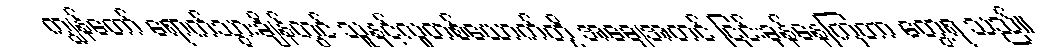
ကျွန်တော် ရောက်သွားချိန်တွင် သူနှင့်လူတစ်ယောက်တို့ အချေအတင် ငြင်းခုန်နေကြတာ တွေ့ရ သည်။